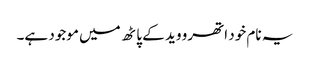
یہ نام خود اتھرو وید کے پاٹھ میں موجود ہے۔